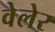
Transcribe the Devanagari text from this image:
वेलेर